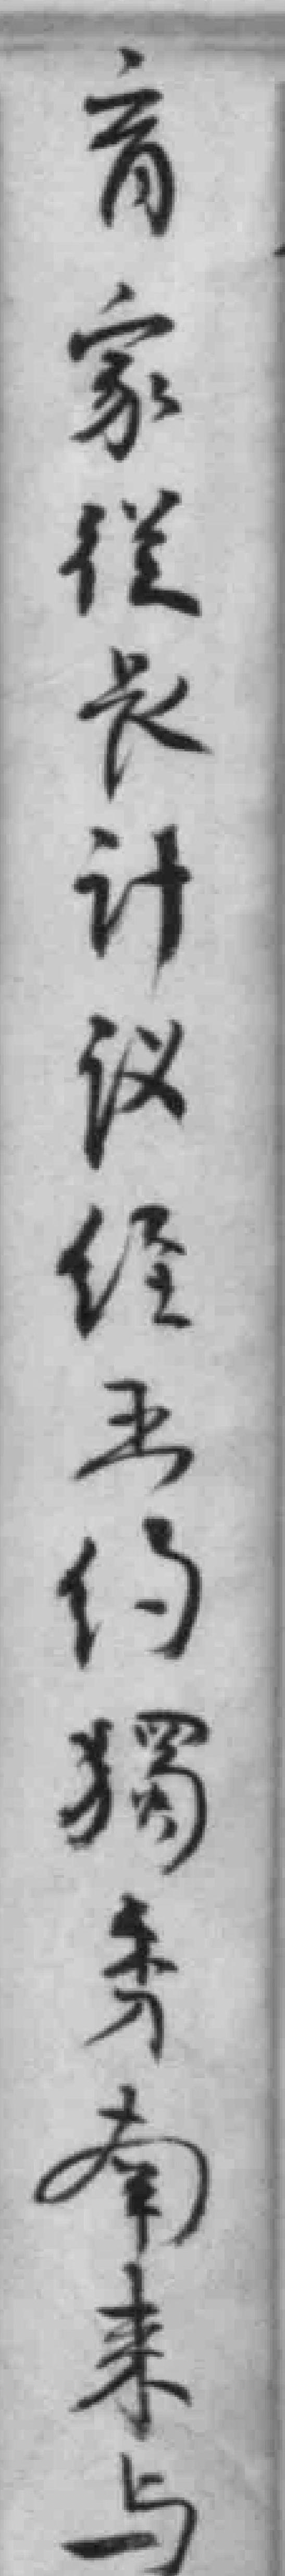
育家從长计议经王约獨秀南来与